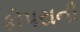
કોપરાની